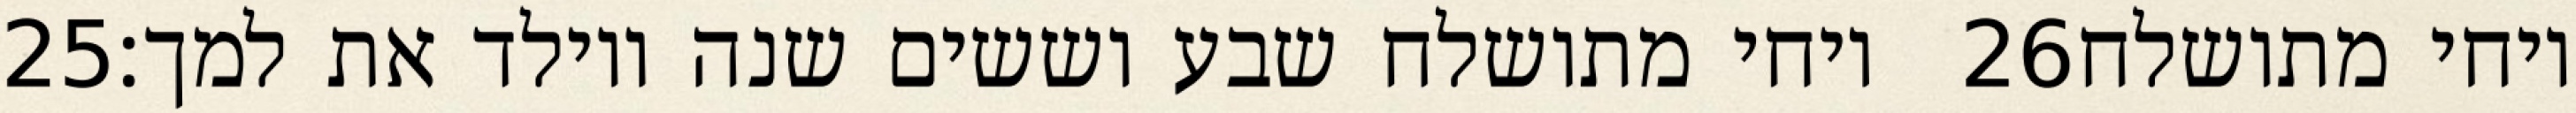
‎25‏ ויחי מתושלח שבע וששים שנה ויולד את למך׃ ‎26‏ ויחי מתושלח